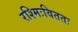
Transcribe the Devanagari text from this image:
रश्मिःविततः